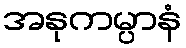
အနုကမ္ပာနံ